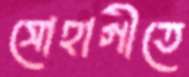
সোহাগীতে